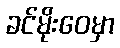
ခင်မိုးဝေမှာ